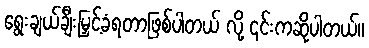
ရွေးချယ်ချီးမြှင့်ခံရတာဖြစ်ပါတယ် လို့ ၎င်းကဆိုပါတယ်။